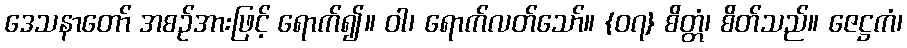
ဒေသနာတော် အစဉ်အားဖြင့် ရောက်၍။ ဝါ၊ ရောက်လတ်သော်။ {၀၇} စိတ္တံ၊ စိတ်သည်။ ဇေဋ္ဌကံ၊